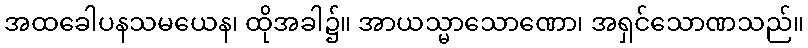
အထခေါပနသမယေန၊ ထိုအခါ၌။ အာယသ္မာသောဏော၊ အရှင်သောဏသည်။